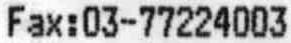
FAX:03-77224003